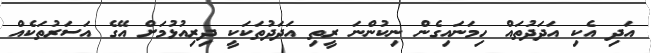
އަދި އެކި އަދަދުތައް ހިމަނައިގެން ނިކުންނަ ރީތި އަދަދުތަކަކީ ދިރިއުޅުމަށް އޭގެ އަސަރުތަކެއް